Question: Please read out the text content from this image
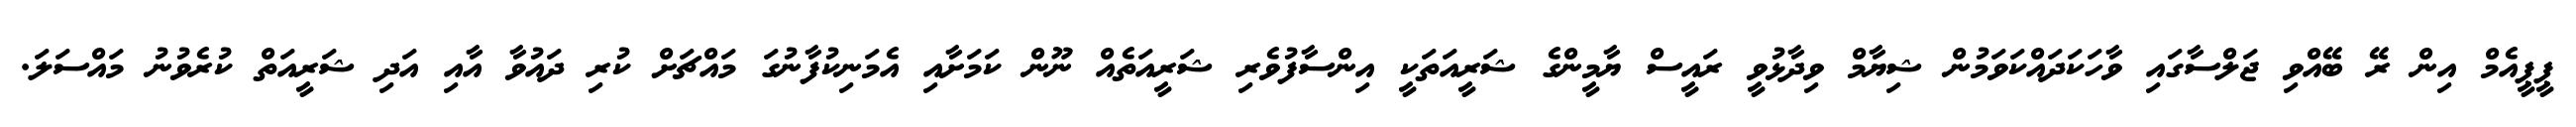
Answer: ޕީޕީއެމް އިން ރޭ ބޭއްވި ޖަލްސާގައި ވާހަކަދައްކަވަމުން ޝިޔާމް ވިދާޅުވީ ރައީސް ޔާމީންގެ ޝަރީއަތަކީ އިންސާފުވެރި ޝަރީއަތެއް ނޫން ކަމަށާއި އެމަނިކުފާނުގަ މައްޗަށް ކުރި ދައުވާ އާއި އަދި ޝަރީއަތް ކުރެވުނު މައްސަލަ.